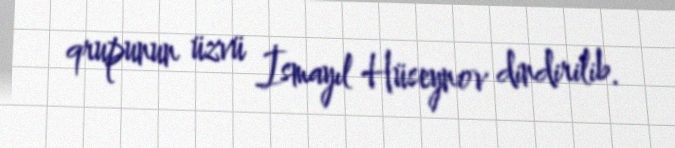
qrupunun üzvü İsmayıl Hüseynov dindirilib.